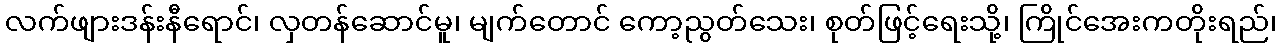
လက်ဖျားဒန်းနီရောင်၊ လှတန်ဆောင်မူ၊ မျက်တောင် ကော့ညွတ်သေး၊ စုတ်ဖြင့်ရေးသို့၊ ကြိုင်အေးကတိုးရည်၊